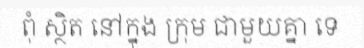
ពុំ ស្ថិត នៅក្នុង ក្រុម ជាមួយគ្នា ទេ